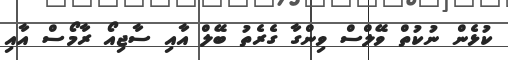
ކުޅެން ނުކުތް ވޭލްސް ވިންގާ ގެރެތު ބޭލް އާއި ސާޖިއޯ ރާމޯސް އާއި